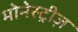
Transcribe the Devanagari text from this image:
मोनेस्ट्रीज़